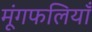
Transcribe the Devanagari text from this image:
मूंगफलियाँ